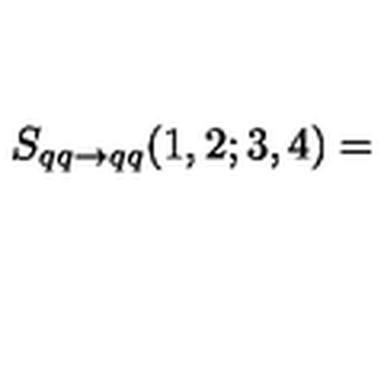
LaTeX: S _ { q q \rightarrow q q } ( 1 , 2 ; 3 , 4 ) =